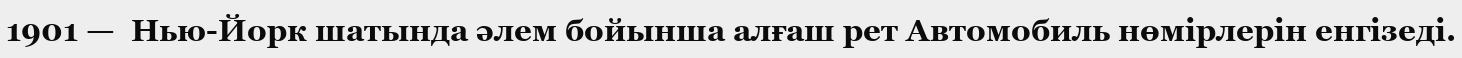
1901 —  Нью-Йорк шатында әлем бойынша алғаш рет Автомобиль нөмірлерін енгізеді.